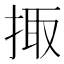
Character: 掫